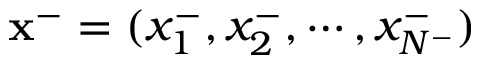
\mathbf { x } ^ { - } = ( x _ { 1 } ^ { - } , x _ { 2 } ^ { - } , \cdots , x _ { N ^ { - } } ^ { - } )